Calcutta medical institutions reports 1871-78
Year: 1871
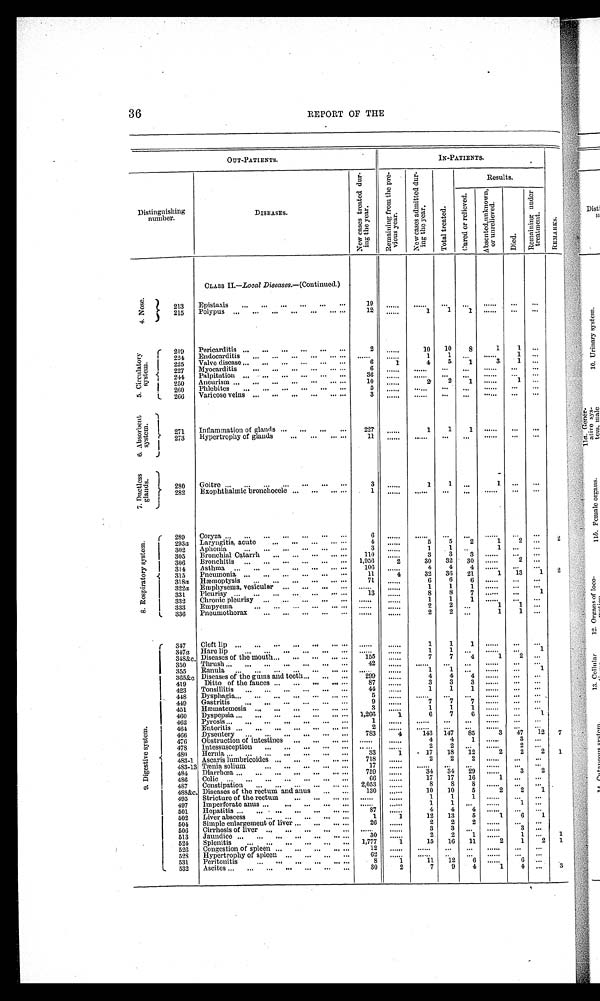
36
REPORT OF THE
OUT-PATIENTS.
IN-PATIENTS.
R E M A R K S .
Distinguishing
number.
DISEASES.
N e w c a s e s t r e a t e d d u r -
i n g t h e y e a r .
R e m a i n i n g f r o m t h e p r e -
v i o u s y e a r .
N e w c a s e s a d m i t t e d d u r -
i n g t h e y e a r .
T o t a l t r e a t e d .
Results.
C u r e d o r r e l i e v e d .
A b s e n t e d , u n k n o w n ,
o r u n r e l i e v e d .
D i e d .
R e m a i n i n g u n d e r
t r e a t m e n t .
CLASS II.—Local Diseases.— (Continued.)
4 . N o s e .
213
Epistaxis
...
...
...
...
...
...
19
. . . . . .
. . . . . .
. . .
. . .
......
...
...
215
Polypus ...
...
...
...
...
...
. . .
12
......
1
1
1
......
...
...
5 . C i r c u l a t o r y
s y s t e m .
219
Pericarditis ...
...
. . .
. . .
. . . ...
2
......
10
10
8
1
1
...
2 2 4
Endocardi
ti s
...
...
...
...
... ... ......
. . . . . .
1
1
. . .
......
1 ...
225
Valve disease ...
...
...
...
...
...
6
1
4
5
1
3
1 ...
227
Myocarditis
...
...
. . .
. . . ...
. . .
6
. . . . . .
. . . . . . . . .
...
......
. . .
. . .
244
Palpitation
. . . ...
...
...
...
...
36
. . . . . .
. . . . . .
. . .
. . . ......
. . .
. . .
250
Aneurism
. . .
. . .
. . .
...
... ... . . .
10
. . . . . .
2
2
1 ......
1 ...
260
Phlebites
. . .
. . .
. . . ...
...
. . .
5
. . . . . .
. . . . . .
. . .
. . .
......
. . .
. . .
266
Varicose veins ...
...
...
...
...
. . .
3
. . . . . .
. . . . . . . . .
. . .
......
...
. . .
6 . A b s o r b e n t
s y s t e m .
271
Inflammation of glands
. . .
...
...
...
227
......
1
1
1
......
...
...
273
Hypertrophy of glands
. . .
. . . ... ...
11
. . . . . .
. . . . . .
...
...
......
...
...
7 . D u c t l e s s
g l a n d s .
280
Goitre ...
...
...
. . .
. . .
. . .
. . .
3
......
1
1 . . .
1
...
. . .
282
Exophthalmic bronchocele ...
...
...
. . .
1
. . . . . .
. . . . . .
...
...
......
...
...
8 . R e s p i r a t o r y s y s t e m .
289
Coryza
. . .
. . .
. . .
. . .
. . .
. . .
. . .
6
. . . . . .
. . . . . .
. . .
...
......
...
...
2
293a Laryngitis, acute
...
. . . ...
... ...
4
......
5
5
2
1
2
. . .
302
Aphonia
...
...
...
. . .
. . .
. . .
3
......
1
1
. . .
1 ...
...
305
Bronchial Catarrh
...
...
...
... ...
110
. . . . . .
3
3
3 ......
...
...
306
Bronchitis ...
...
...
...
...
...
1,956
2
30
32
30 ......
2 ...
314
Asthma
. . .
. . .
. . .
. . .
. . . ... . . .
106
......
4
4
4 ......
...
...
2
315
Pneumonia ...
...
. . .
. . . ...
. . .
11
4
32
36
21
1
13
1
318a Hæmoptysis
. . .
. . . . . .
. . . . . . . . .
71
......
6
6
6 ......
...
...
322a Emphysema, vesicular ...
...
...
... ......
......
1
1
1 ......
...
...
331
Pleurisy . . .
. . . ...
. . . . . .
. . . . . .
13
......
8
8
7 ......
...
1
332
Chronic pleurisy ...
...
. . .
. . . ... ......
......
1
1
1 ......
...
. . .
333
Empyema
. . .
. . .
. . .
. . .
...
. . .
......
. . . . . .
2
2
. . .
1
1 ...
336
Pneumothorax
. . .
. . .
. . .
. . .
. . .
......
......
2
2 . . .
1
1 ...
9 . D i g e s t i v e s y s t e m .
347
Cleft lip
. . .
. . .
. . .
. . .
...
...
. . .
. . . . . .
. . . . . .
1
1
1 ......
...
...
347a
Hare lip
...
...
...
...
. . . . . .
......
. . . . . .
1
1 ...
......
. . .
1
348&c. Diseases of the mouth . . . ...
...
... ...
155
......
7
7
4
1
2
. . .
350
Thrush ...
...
...
...
...
...
...
42
. . . . . .
. . . . . .
. . .
...
......
...
...
355
Ranula
. . .
. . .
. . .
. . .
. . .
...
. . .
......
......
1
1
...
......
...
1
365&c. Diseases of the gums and teeth . . . ...
...
299
......
4
4
4 ......
. . .
. . .
419
Ditto of the fauces ...
...
...
...
. . .
87
......
3
3
3 ......
...
...
423
Tonsillitis
. . .
. . .
. . .
. . .
. . .
. . .
44
......
1
1
1 ......
. . .
. . .
448
Dysphagia . . . ...
...
...
...
...
. . .
5
. . . . . .
. . . . . . . . .
. . .
......
...
. . .
449
Gastritis
. . .
. . .
. . .
. . .
. . .
. . .
9
......
7
7
7 ......
...
...
451
Hæmatemesis ...
. . .
. . .
. . . ...
. . .
3
......
1
1
1 ......
...
...
460
Dyspepsia
. . .
. . . ...
...
...
... . . .
1,266
1
6
7
6 ......
...
1
462
Pyrosis ...
. . .
. . .
. . . ...
...
...
1
. . . . . .
. . . . . . . . .
. . .
......
...
. . .
464
Enteritis
. . .
. . .
. . .
. . .
. . . ...
. . .
2
. . . . . .
. . . . . . ...
...
......
...
. . .
466
Dysentery
...
. . . ...
...
. . . ...
783
4
143
147
85
3
47
12
7
476
Obstruction of intestines ... ...
... ...
. . . . . .
. . . . . .
4
4
1 ......
3
. . .
478
Intessusception
.. .
. . .
. . .
. . . . . .
......
......
2
2
. . .
......
2
. . .
480
Hernia ...
. . . ...
...
. . .
. . . ..,
33
1
17
18
12
2
2
2
1
483-1 Ascaris lumbricoides ...
. . .
. . . ...
. . .
718
......
2
2
2
......
. . .
. . .
483-13 Tænia solium
. . .
. . .
. . .
. . .
. . .
17
. . . . . .
. . . . . . ...
...
......
. . .
. . .
484
Diarrhœa ...
...
. . . ...
...
... ...
759
......
34
34
29 ......
3
2
486
Colic
. . .
. . .
. . .
. . .
. . .
. . .
. . .
66
......
17
17
16
1
. . .
. . .
487
Constipation
...
...
...
...
... ...
2,053
......
8
8
8
......
...
...
488&c. Diseases o f the rectum and anus
...
. . .
1 3 0
. . . . . .
10
10
5
2
2
1
495
Stricture of the rectum
...
...
...
. . .
. . . . . .
. . . . . .
1
1
1 ......
. . .
. . .
497
Imperforate anus
. . .
. . .
. . .
. . .
. . .
. . . . . .
. . . . . .
1
1
...
......
1 ...
501Hepatitis
. . .
. . .
. . .
. . .
. . . ...
. . .
87
......
4
4
4 ......
...
...
502
Liver abscess
. . .
. . .
. . .
. . .
. . .
1
1
12
13
5
1
6
1
504
Simple enlargement of liver ...
...
... ...
26
......
2
2
2 ......
. . .
. . .
506
Cirrhosis of liver ...
...
...
...
...
......
......
3
3
. . . ......
3 ...
513
Jaundice . . .
. . .
. . .
. . .
. . . ...
. . .
30
......
2
2
1 ......
1
. . .
1
524
Splenitis
...
...
...
...
. . . ...
1,777
1
15
16
11
2
1
2
1
526
Congestion of spleen ...
...
...
... ...
12
. . . . . .
. . . . . . . . .
. . .
......
. . .
. . .
528
Hypertrophy of spleen ...
...
...
...
62
. . . . . .
. . . . . .
. . .
. . . ......
...
...
531
Peritonitis
. . .
. . .
. . .
. . . ...
. . .
8
1
11
12
6
......
6
...
532
Ascites ...
. . .
...
...
...
...
...
30
2
7
9
4
1
4 ...
3